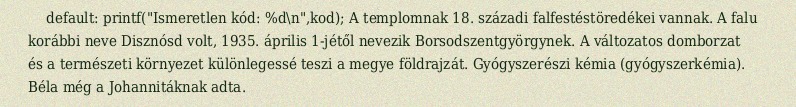
default: printf("Ismeretlen kód: %d\n",kod); A templomnak 18. századi falfestéstöredékei vannak. A falu korábbi neve Disznósd volt, 1935. április 1-jétől nevezik Borsodszentgyörgynek. A változatos domborzat és a természeti környezet különlegessé teszi a megye földrajzát. Gyógyszerészi kémia (gyógyszerkémia). Béla még a Johannitáknak adta.